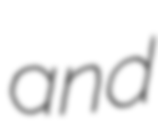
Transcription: and